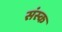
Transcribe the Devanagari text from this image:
संस्क